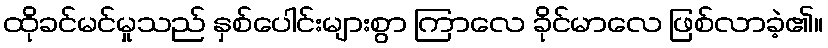
ထိုခင်မင်မှုသည် နှစ်ပေါင်းများစွာ ကြာလေ ခိုင်မာလေ ဖြစ်လာခဲ့၏။